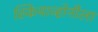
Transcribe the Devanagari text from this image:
स्कियाव्होनीला